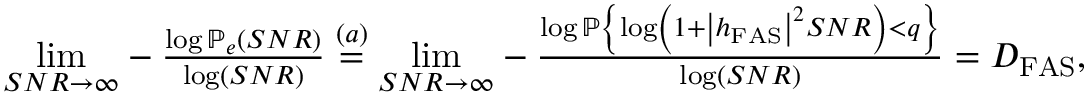
\begin{array} { r } { \underset { S N R \rightarrow \infty } { \operatorname* { l i m } } - \frac { \log \mathcal { \mathbb { P } } _ { e } \left( S N R \right) } { \log \left( S N R \right) } \overset { \left( a \right) } { = } \underset { S N R \rightarrow \infty } { \operatorname* { l i m } } - \frac { \log \mathcal { \mathbb { P } } \left\{ \log \left( 1 + \left| h _ { \mathrm { { F A S } } } \right| ^ { 2 } S N R \right) < q \right\} } { \log \left( S N R \right) } = D _ { \mathrm { { F A S } } } , } \end{array}